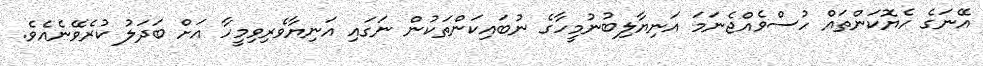
އޭނަގެ ހެޔޮކަންތައް ހުސްވެއްޖެނަމަ އަނިޔާލިބުނުމީހާގެ ނުބައިކަންތަކުން ނަގައި އަނިޔާވެރިވިމީހާ އަށް ބަދަލު ކުރެވޭނެއެވެ.